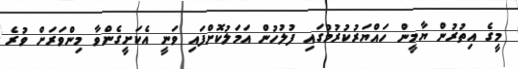
މީގެ އިތުރުން ޔާމީން ހައްޔަރުކުރުމުގައި ފުލުހުން އަމަލުކޮށްފައި ވަނީ އެކަށީގެންވާ މިންވަރަށް ވުރެ